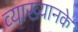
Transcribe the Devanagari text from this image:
व्याख्यानके